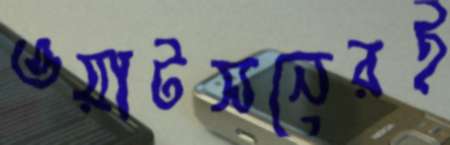
ওয়াটসনেরই